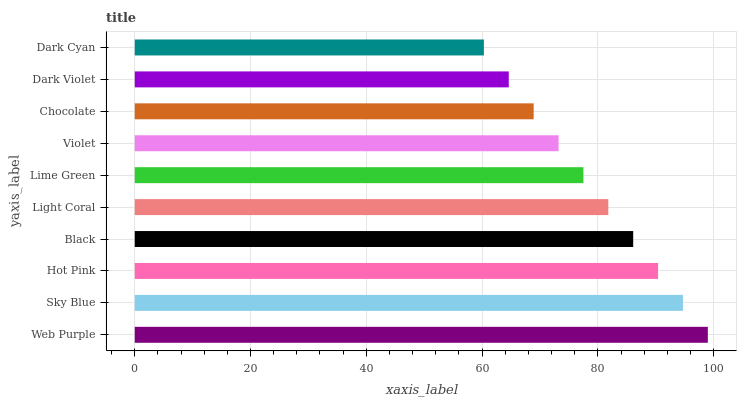
| yaxis_label | bars |
 | --- | --- |
 | Web Purple | 99 |
 | Sky Blue | 94.7 |
 | Hot Pink | 90.4 |
 | Black | 86.1 |
 | Light Coral | 81.8 |
 | Lime Green | 77.5 |
 | Violet | 73.2 |
 | Chocolate | 68.9 |
 | Dark Violet | 64.6 |
 | Dark Cyan | 60.3 |